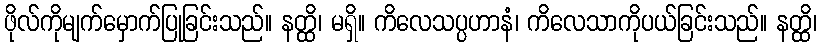
ဖိုလ်ကိုမျက်မှောက်ပြုခြင်းသည်။ နတ္ထိ၊ မရှိ။ ကိလေသပ္ပဟာနံ၊ ကိလေသာကိုပယ်ခြင်းသည်။ နတ္ထိ၊